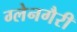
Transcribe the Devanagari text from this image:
ग्लेनगैरी